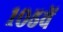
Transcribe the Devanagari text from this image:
१०५वें